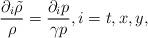
LaTeX: \begin{align*}\frac{\partial_i\tilde{\rho}}{\rho}=\frac{\partial_ip}{\gamma p},i=t, x, y,\end{align*}